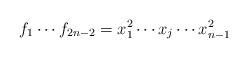
LaTeX: \begin{align*}f_1\cdots f_{2n-2}=x_1^2\cdots x_j\cdots x_{n-1}^2\end{align*}